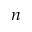
n